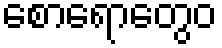
စောရောတွေဝ